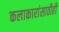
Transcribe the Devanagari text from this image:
कलाकारांसाठीही